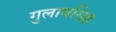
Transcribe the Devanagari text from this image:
गुलाबसिह